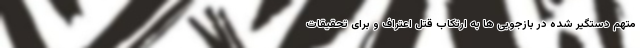
متهم دستگیر شده در بازجویی ها به ارتکاب قتل اعتراف و برای تحقیقات